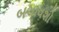
બચાવશો